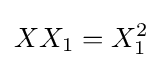
XX_{1}=X_{1}^{2}